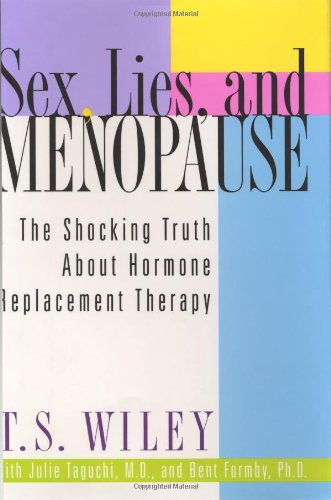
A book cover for Sex, Lies, and Menopause: The Shocking Truth About Hormone Replacement Therapy; T. S. Wiley; Health, Fitness & Dieting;